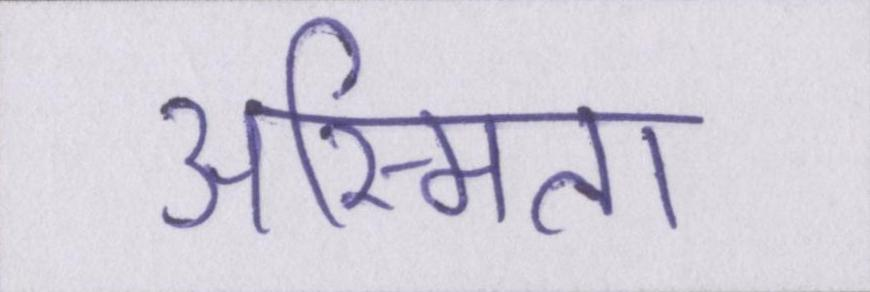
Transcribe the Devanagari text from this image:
अस्मिता